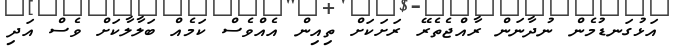
އަޅުގަނޑުމެން ނުދާނަން ރާއްޖެތެރޭ ރަށަކަށް ތިއިން އެއްވެސް ކަމެއް ބަލާލާކަށް ވެސް އަދި